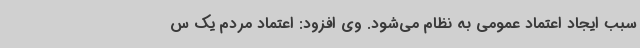
سبب ایجاد اعتماد عمومی به نظام می‌شود. وی افزود: اعتماد مردم یک س